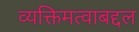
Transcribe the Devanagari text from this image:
व्यक्तिमत्वाबद्दल